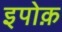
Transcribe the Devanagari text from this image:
इपोक़